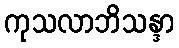
ကုသလာဘိသန္ဒာ